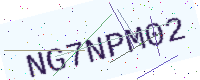
Text: NG7NPM02